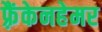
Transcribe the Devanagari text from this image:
फ़्रैंकेनहेमर